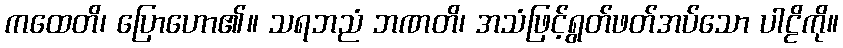
ကထေတိ၊ ပြောဟော၏။ သရဘညံ ဘဏတိ၊ အသံဖြင့်ရွတ်ဖတ်အပ်သော ပါဠိကို။